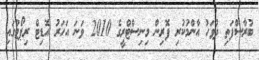
ބުރާސްފަތި ދުވަހު އާންމުކުރި ފޮރިން މިނިސްޓްރީގެ 2010 ވަނަ އަހަރު އޮޑިޓް ރިޕޯޓުގައި